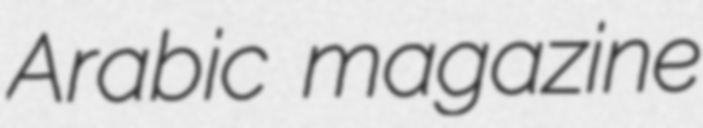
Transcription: Arabic magazine